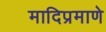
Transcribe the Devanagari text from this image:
मादिप्रमाणे